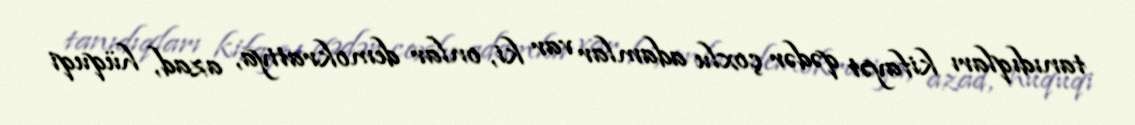
tanıdıqları kifayət qədər çoxlu adamlar var ki, onlar demokratiya, azad, hüquqi